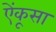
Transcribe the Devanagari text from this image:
ऐंकूसा